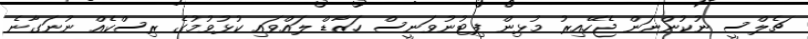
ޗެލްސީ ނުކުންނަން ޖެހޭއިރު މުޅިން ފިޓުނުވަނީސް ހަޒާޑް ލައްވައި ކުޅުވުމުގެ ރިސްކެއް ނުނަގާނެ